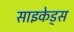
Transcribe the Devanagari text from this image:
साइकेड्स